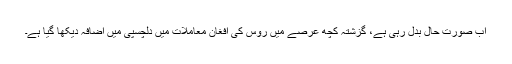
اب صورت حال بدل رہی ہے، گزشتہ کچھ عرصے میں روس کی افغان معاملات میں دلچسپی میں اضافہ دیکھا گیا ہے۔